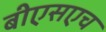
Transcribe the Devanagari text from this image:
बीएसएच